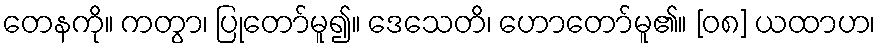
တေနကို။ ကတွာ၊ ပြုတော်မူ၍။ ဒေသေတိ၊ ဟောတော်မူ၏။ [၀၈] ယထာဟ၊